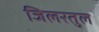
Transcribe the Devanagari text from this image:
जिलरतुल